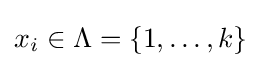
x_{i}\in \Lambda =\{1,\dots ,k\}